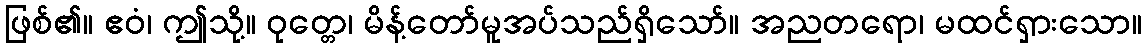
ဖြစ်၏။ ဧဝံ၊ ဤသို့။ ဝုတ္တေ၊ မိန့်တော်မူအပ်သည်ရှိသော်။ အညတရော၊ မထင်ရှားသော။